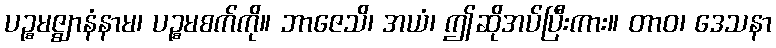
ပဉ္စမဇ္ဈာနံနာမ၊ ပဉ္စမစက်ကို။ ဘာဇေသိ၊ အယံ၊ ဤဆိုအပ်ပြီးကား။ တာဝ၊ ဒေသနာ